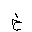
Letter: _kha